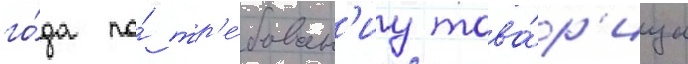
го́да по́ тр'е́бован'иу това́р'ища